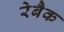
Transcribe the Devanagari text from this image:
रेबैक